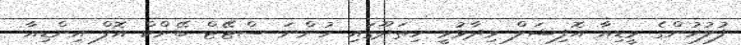
ފުލުހުންގެ މީޑިއާ އޮފިޝަލް ވިދާޅުވީ ހިތަދޫގައި ހުންނަ ސްޓޭޓް ބޭންކް އޮފް އިންޑިއާ